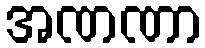
အဏဏာ